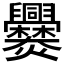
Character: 爨